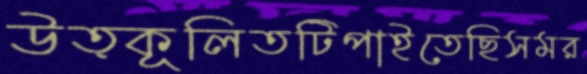
উত্কূলিতটিপাইতেছিসমর